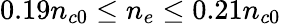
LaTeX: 0.19n_{c0}\leq n_{e}\leq 0.21n_{c0}